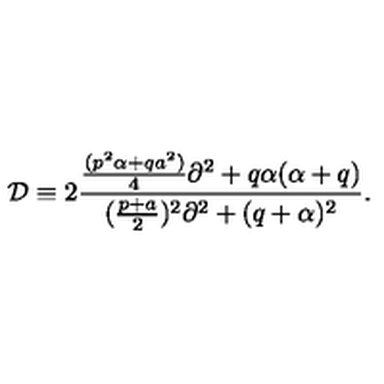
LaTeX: { \cal D } \equiv 2 { \frac { { \frac { ( p ^ { 2 } \alpha + q a ^ { 2 } ) } { 4 } } \partial ^ { 2 } + q \alpha ( \alpha + q ) } { ( { \frac { p + a } { 2 } } ) ^ { 2 } \partial ^ { 2 } + ( q + \alpha ) ^ { 2 } } } .